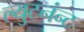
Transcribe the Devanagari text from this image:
ल्युटनंन्ट